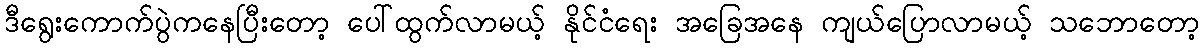
ဒီရွေးကောက်ပွဲကနေပြီးတော့ ပေါ်ထွက်လာမယ့် နိုင်ငံရေး အခြေအနေ ကျယ်ပြောလာမယ့် သဘောတော့